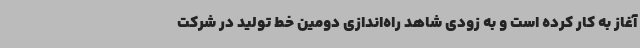
آغاز به کار کرده است و به زودی شاهد راه‌اندازی دومین خط تولید در شرکت